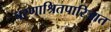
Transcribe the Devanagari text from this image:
चरणाश्रितपारिजात